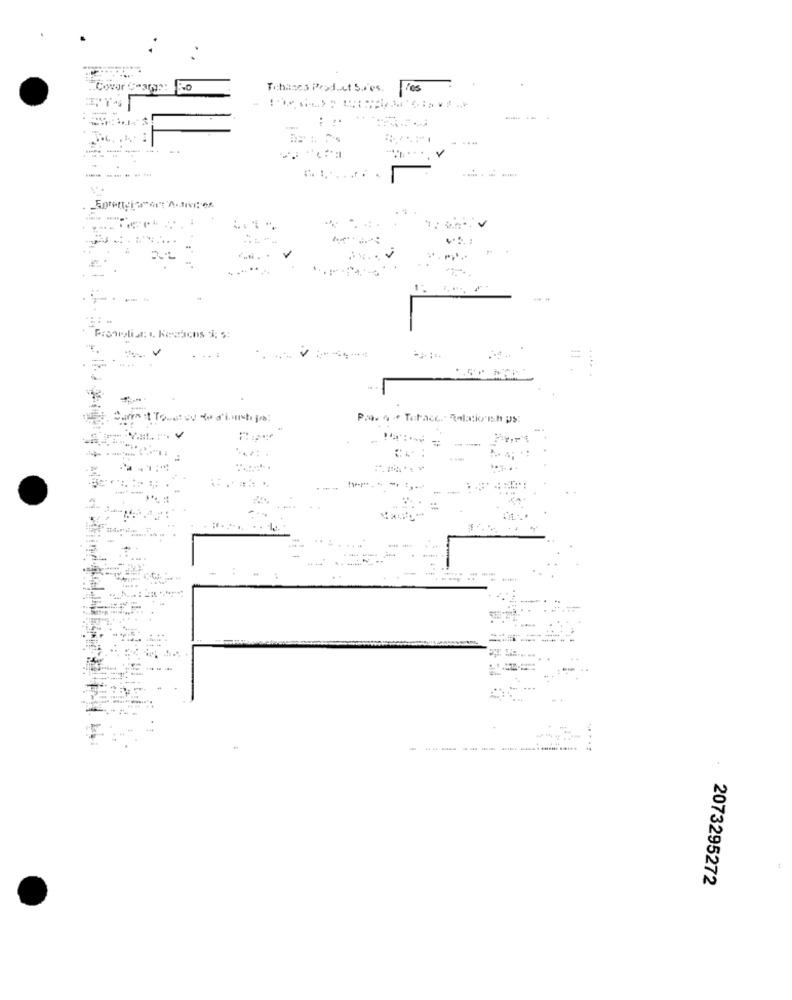
Covar Char ::
Tihanes Product S.r'es.
les
----
........
...
. .......
=
Pa. 4 - Torace. Relacio'th ps:
....
2073295272